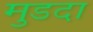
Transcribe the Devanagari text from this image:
मुडदा